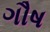
ગૌષ